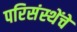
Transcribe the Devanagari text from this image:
परिसंस्थेंचे